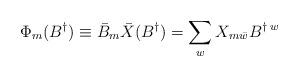
LaTeX: \begin{align*}\Phi_{m}(B^{\dagger}) \equiv \bar{B}_{m} \bar{X}(B^{\dagger}) = \sum_{w} X_{m\bar{w}} B^{\dagger \; w}\end{align*}